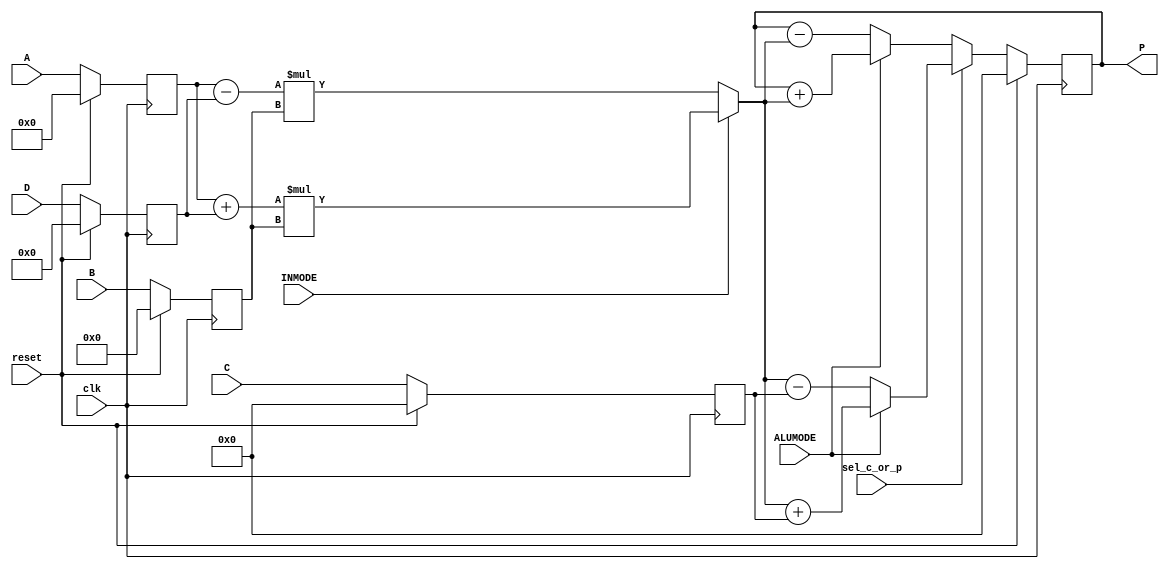
module synth_options_effort_high_no_dsp_multiplier_accum_with_add_and_sub (clk, reset, sel_c_or_p, INMODE, ALUMODE, A, B, C, D, P);
	input clk, reset, sel_c_or_p;
	input INMODE;
	input ALUMODE;
	input signed [29:0] A;
	input signed [17:0] B;
	input signed [47:0] C;
	input signed [26:0] D;
	output reg signed [47:0] P;
	reg signed [29:0] i1;
	reg signed [17:0] i2;
	reg signed [47:0] i3;
	reg signed [26:0] i4;
	reg signed [47:0] mul, add_or_sub, add_or_sub2;
	always @(posedge clk) begin
		if(reset == 1) begin
			i1 <= 0;
			i2 <= 0;
			i3 <= 0;
			i4 <= 0;
		end
		else begin
			i1 <= A;
			i2 <= B;
			i3 <= C;
			i4 <= D;
		end
	end
	always @(posedge clk) begin
		if (reset ==1 )
			P <= 0;
		else
			P<= add_or_sub2;
		
	end

	always @ (*)  begin
		if (INMODE) begin
			add_or_sub = i1 + i4;
			mul  = add_or_sub * i2;
		end
		else begin
			add_or_sub = i1 - i4;
			mul  = add_or_sub * i2;
		end
	end
	always @ (*)  begin
		if (sel_c_or_p) begin
			if (ALUMODE)
				add_or_sub2 = mul + i3;
			else
				add_or_sub2 = mul - i3;
		end
		else begin
			if (ALUMODE)
				add_or_sub2 = P + mul;
			else
				add_or_sub2 = P - mul;
		end
	end
endmodule